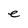
Character: e